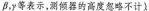
β，γ等表示，测倾器的高度忽略不计).